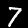
Label: 7